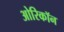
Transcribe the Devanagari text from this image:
ओरिकॉन